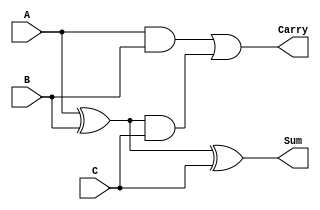
module ModifiedCarrySaveAdder #(parameter n = 4) (
    input  [n-1:0] A,   // First operand
    input  [n-1:0] B,   // Second operand
    input  [n-1:0] C,   // Third operand
    output [n-1:0] Sum,  // Sum output
    output [n-1:0] Carry // Carry output
);

    // Intermediate signals for carry generation
    wire [n-1:0] carryAB, carryAC, carryBC;
    wire [n-1:0] sumAB, sumAC, sumBC;

    // Calculate sum and carry for A and B
    assign sumAB = A ^ B;          // Sum of A and B
    assign carryAB = A & B;        // Carry of A and B

    // Calculate sum and carry for sumAB and C
    assign sumAC = sumAB ^ C;      // Sum of sumAB and C
    assign carryAC = sumAB & C;    // Carry of sumAB and C

    // Final carry calculation
    assign carryBC = carryAB | carryAC; // Final carry output

    // Final outputs
    assign Sum = sumAC;            // Final sum output
    assign Carry = carryBC;        // Final carry output

endmodule